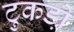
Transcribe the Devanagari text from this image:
टुकडो़